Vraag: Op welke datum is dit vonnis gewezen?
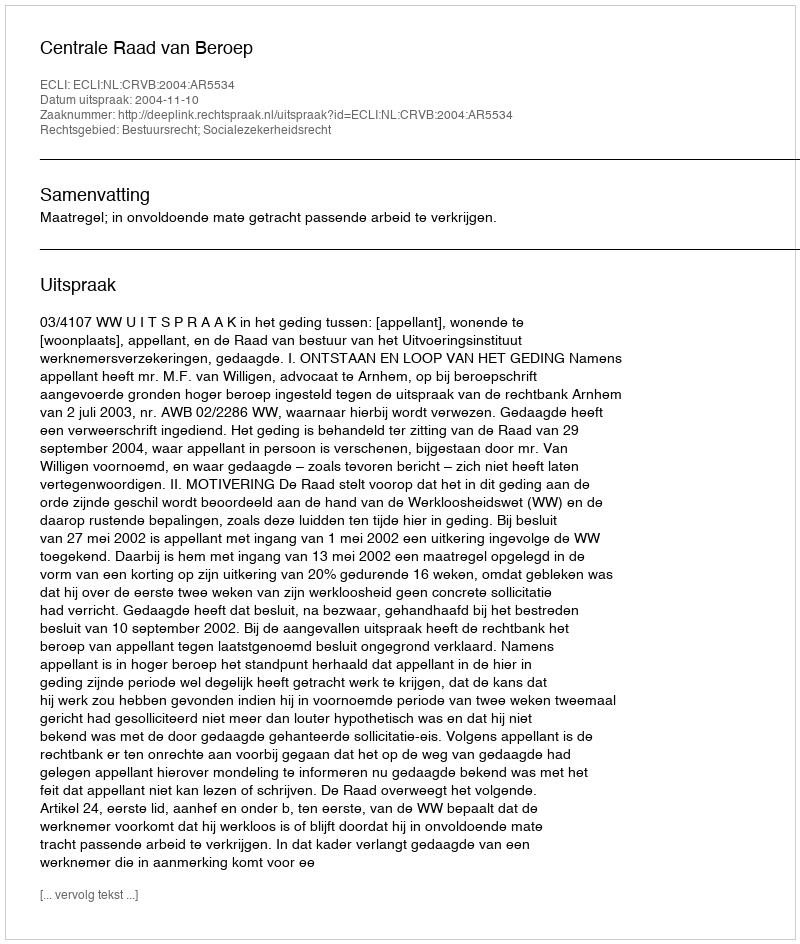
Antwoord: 2004-11-10